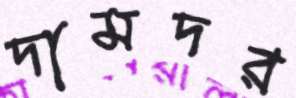
দামদর